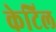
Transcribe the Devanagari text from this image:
केटिल